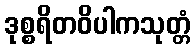
ဒုစ္စရိတဝိပါကသုတ္တံ